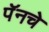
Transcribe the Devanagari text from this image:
पॅनचे